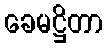
ခေမဋ္ဌိတာ